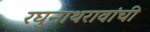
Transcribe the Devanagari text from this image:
रघुनाथरावांची